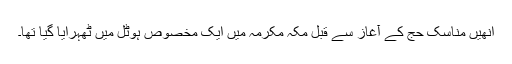
انھیں مناسکِ حج کے آغاز سے قبل مکہ مکرمہ میں ایک مخصوص ہوٹل میں ٹھہرایا گیا تھا۔